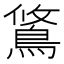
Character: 𫚿